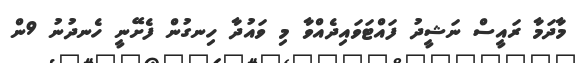
މާދަމާ ރައީސް ނަޝީދު ފައްޓަވައިދެއްވާ މި ވައުދާ ހިނގުން ފެށޭނީ ހެނދުނު 9ން